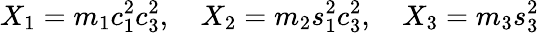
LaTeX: X_{1}=m_{1}c_{1}^{2}c_{3}^{2},\quad X_{2}=m_{2}s_{1}^{2}c_{3}^{2},\quad X_{3}=m_{3}s_{3}^{2}